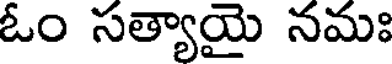
ఓం సత్యాయై నమః